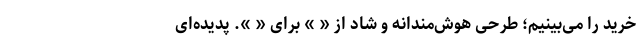
خرید را می‌بینیم؛ طرحی هوش‌مندانه و شاد از « » برای « ». پدیده‌ای